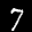
Label: 7